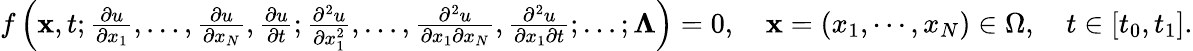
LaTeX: \begin{array}{r}{f\left(\mathbf{x},t;\frac{\partial u}{\partial x_{1}},\ldots,\frac{\partial u}{\partial x_{N}},\frac{\partial u}{\partial t};\frac{\partial^{2}u}{\partial x_{1}^{2}},\ldots,\frac{\partial^{2}u}{\partial x_{1}\partial x_{N}},\frac{\partial^{2}u}{\partial x_{1}\partial t};\ldots;\boldsymbol{\Lambda}\right)=0,\quad\mathbf{x}=\left(x_{1},\cdots,x_{N}\right)\in\Omega,\quad t\in[t_{0},t_{1}].}\end{array}